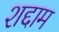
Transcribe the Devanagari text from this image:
शद्दाम